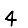
Digit: 4